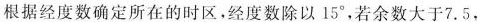
根据经度数确定所在的时区。经度数除以15°，若余数大于7.5，